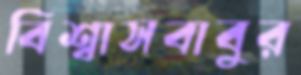
বিশ্বাসবাবুর